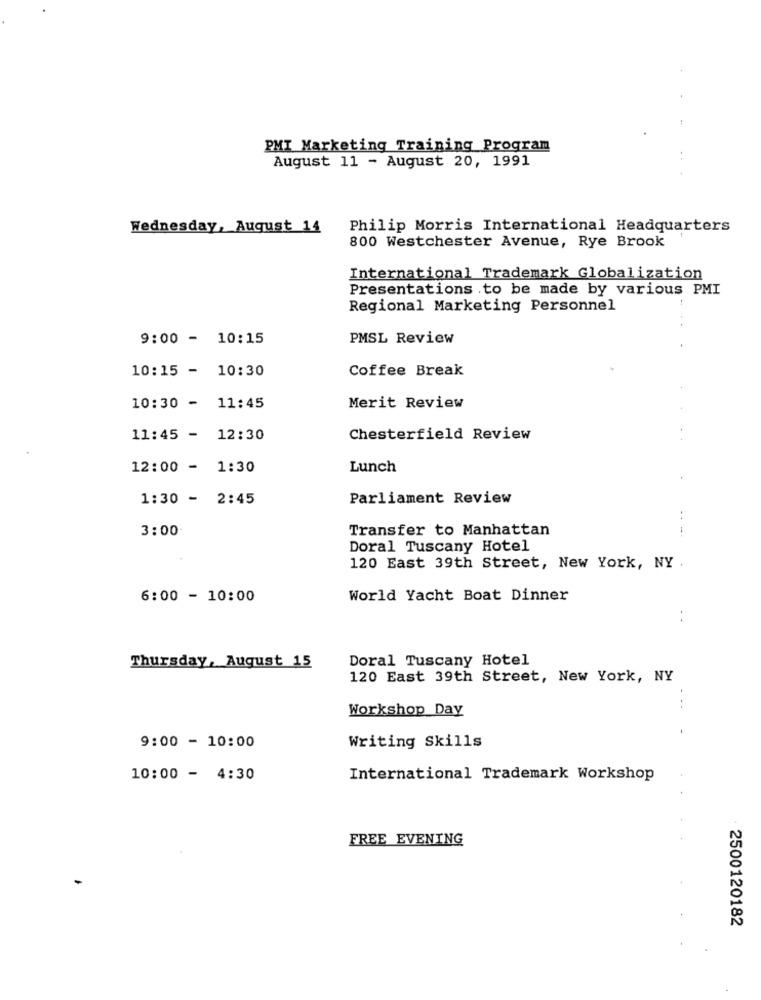
PMI Marketing Training Program
August 11 - August 20, 1991
Wednesday, August 14
Philip Morris International Headquarters
800 Westchester Avenue, Rye Brook
International Trademark Globalization
Presentations .to be made by various PMI
Regional Marketing Personnel
9:00 - 10:15
PMSL Review
10:15 - 10:30
Coffee Break
10:30 - 11:45
Merit Review
11:45 - 12:30
Chesterfield Review
12:00 - 1:30
Lunch
1:30 - 2:45
Parliament Review
...
3:00
Transfer to Manhattan
Doral Tuscany Hotel
120 East 39th Street, New York, NY
6:00 - 10:00
World Yacht Boat Dinner
Doral Tuscany Hotel
Thursday, August 15
120 East 39th Street, New York, NY
Workshop Day
...
9:00 - 10:00
Writing Skills
10:00 - 4:30
International Trademark Workshop
FREE EVENING
2500120182